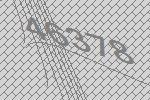
46378